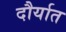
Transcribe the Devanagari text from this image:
दौर्यात